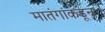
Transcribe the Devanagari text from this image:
मातंगांकडून